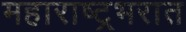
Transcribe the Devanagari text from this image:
महाराष्ट्रभरात